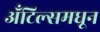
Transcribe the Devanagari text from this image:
अँटिल्समधून